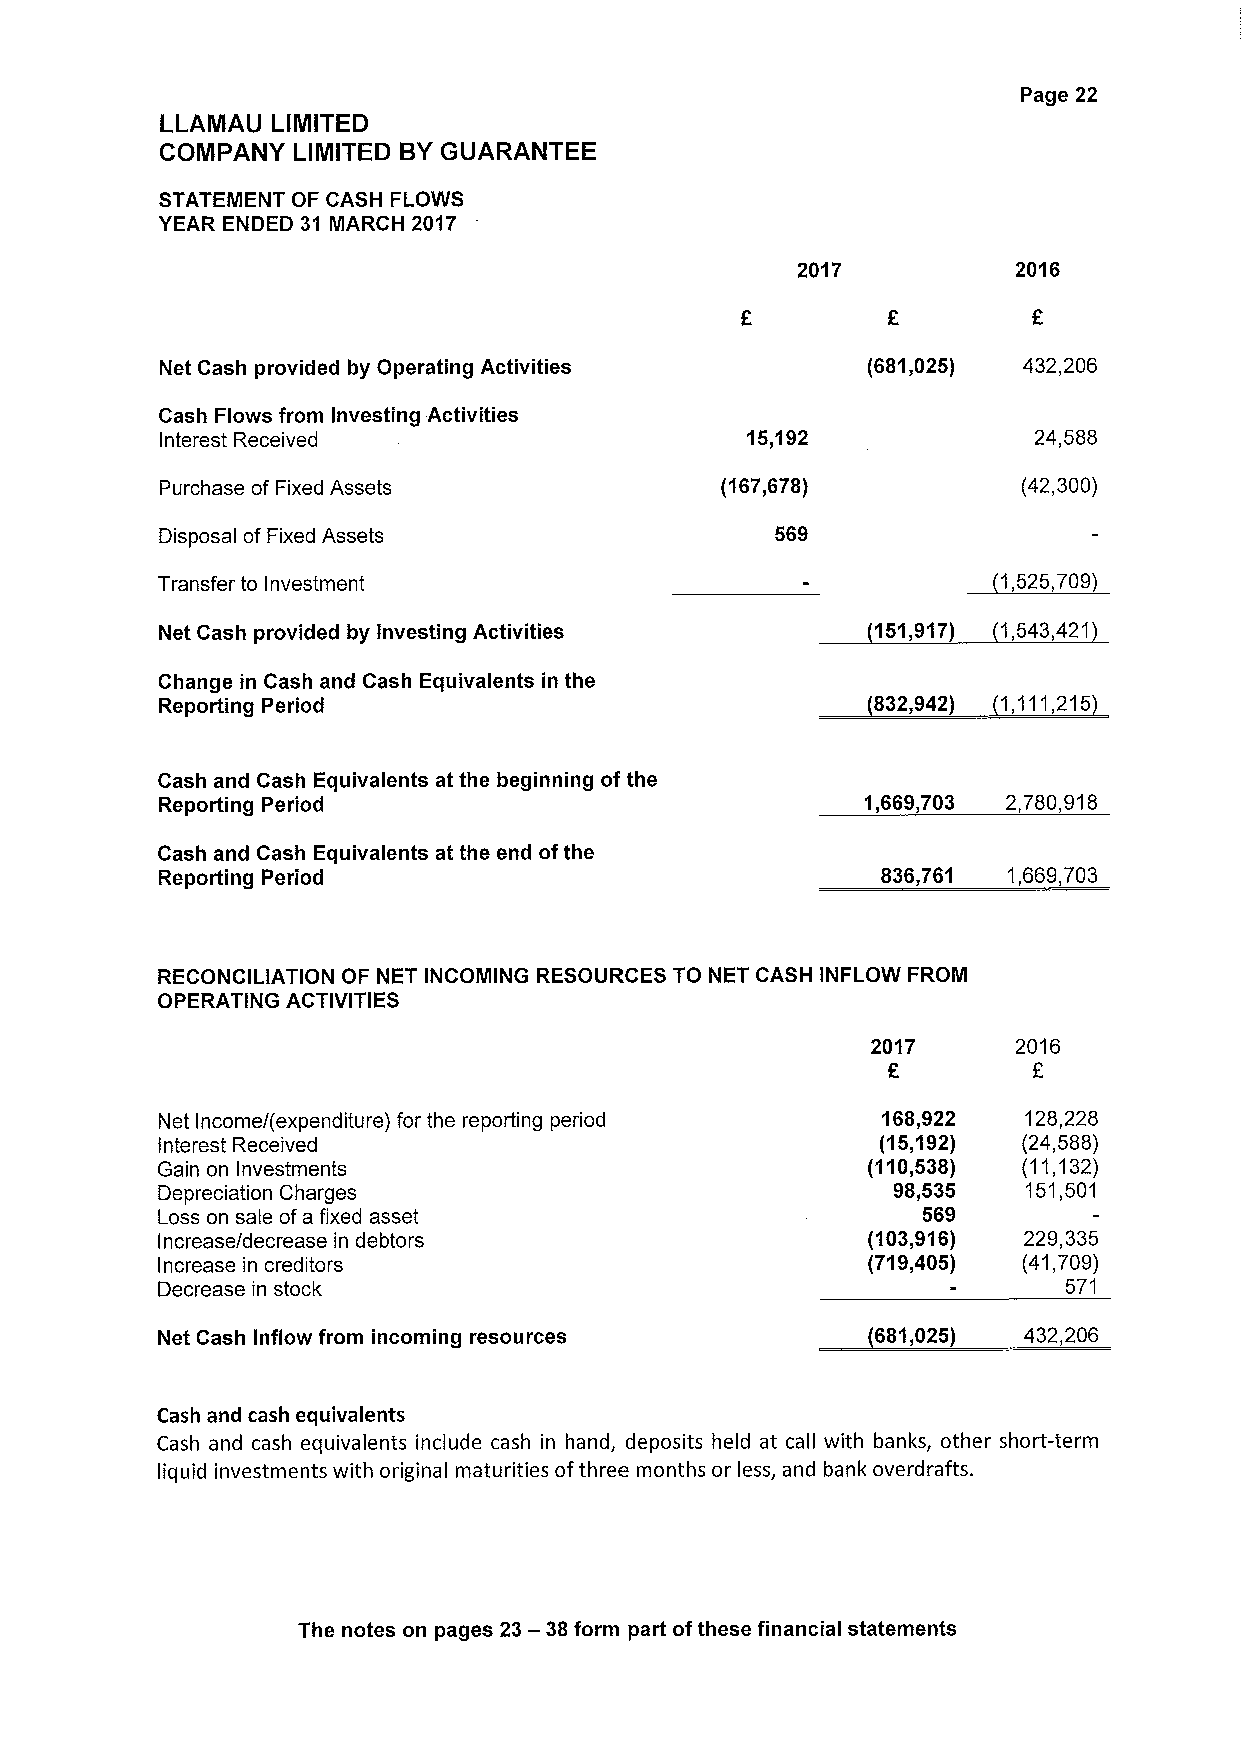
Page 22
 LLAMAU LIMITED
 COMPANY LIMITED BYGUARANTEE
 STATEMENT OF CASH FLOWS
 YEAR ENDED 31 MARCH 2017
 2017          2016
 Net Cash provided by Operating Activities     (681,025)  432,206
 Cash Flows from Investing Activities
 Interest Received                     15,192             24,588
 Purchase of Fixed Assets             (167,678)           (42,300)
 Disposal of Fixed Assets                569
 Transfer to Investment
 Net Cash provided by Investing Activities       151,917) 1,543,421
 Change in Cash and Cash Equivalents in the
 Reporting Period                                832,942) 1,111,215
 Cash and Cash Equivalents at the beginning of the
 Reporting Period                               1,669,703 2,780,918
 Cash and Cash Equivalents at the end ofthe
 Reporting Period                                836,761  1,669,703
 RECONCILIATION OF NET INCOMING RESOURCES TO NET CASH INFLOW FROIVI
 OPERATING ACTIVITIES
 2017     2016
 E
 Net Income/(expenditure) for the reporting period 168,922 128,228
 interest Received                               (15,192)  (24,588)
 Gain on Investments                            (110,538)  (11,132)
 Depreciation Charges                             98,535   151,501
 Loss on sale ofa fixed asset                       569
 Increase/decrease in debtors                   (103,916)  229,335
 Increase in creditors                          (719,405)  (41,709)
 Decrease in stock                                           571
 Net Cash Inflow from incoming resources         681,025)  432,206
 Cash and cash equivalents
 Cash and cash equivalents include cash in hand, deposits held at call with banks, other short-term
 liquid investments with original maturities ofthree months or less, and bank overdrafts.
 The notes on pages 23—38form part ofthese financial statements